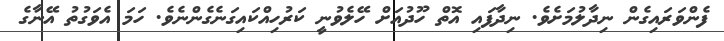
ފެންވަރައިގެން ނިދާލުމަށެވެ. ނިދާފައި އޮތް ހޫދުއަށް ހޭލެވުނީ ކަރުހިއްކައިގަނެގެންނެވެ. ހަމަ އެވަގުތު އޭނާގެ